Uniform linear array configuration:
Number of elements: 16
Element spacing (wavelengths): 1
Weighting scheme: binomial
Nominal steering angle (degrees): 60
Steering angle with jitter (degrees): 59.01
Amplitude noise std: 0.05
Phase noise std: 0.05

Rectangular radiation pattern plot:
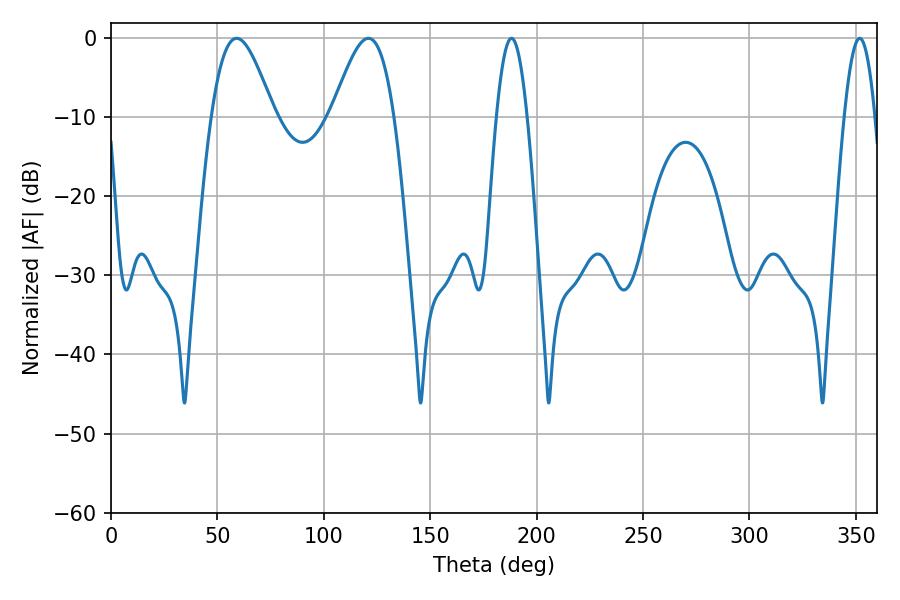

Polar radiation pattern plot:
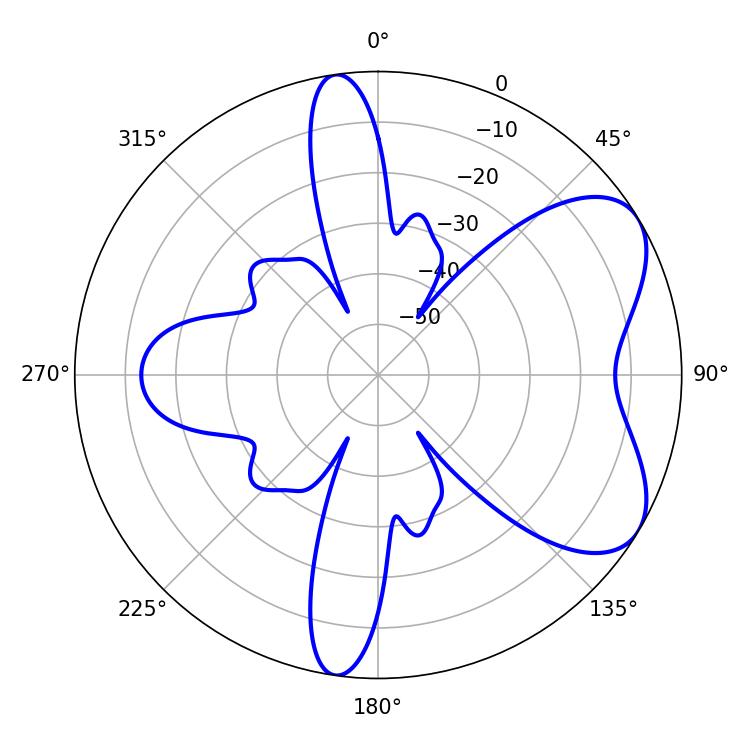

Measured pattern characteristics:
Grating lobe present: TRUE
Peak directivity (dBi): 6.198
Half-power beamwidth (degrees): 15.66
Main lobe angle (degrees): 59.04